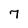
Character: 7